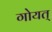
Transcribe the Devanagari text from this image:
गोयत्